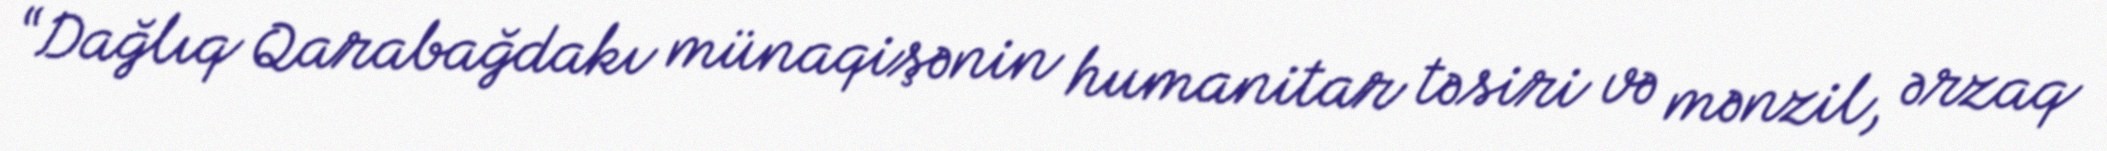
“Dağlıq Qarabağdakı münaqişənin humanitar təsiri və mənzil, ərzaq